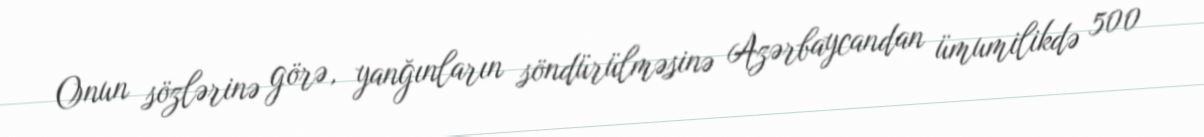
Onun sözlərinə görə, yanğınların söndürülməsinə Azərbaycandan ümumilikdə 500